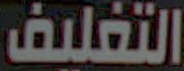
التغليف